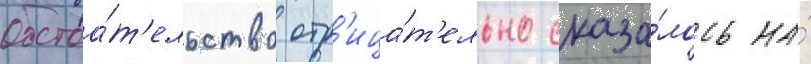
обстоа́т'ельство отр'ица́т'ельно сказа́лось на́